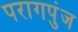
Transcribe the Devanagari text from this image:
परागपुंज